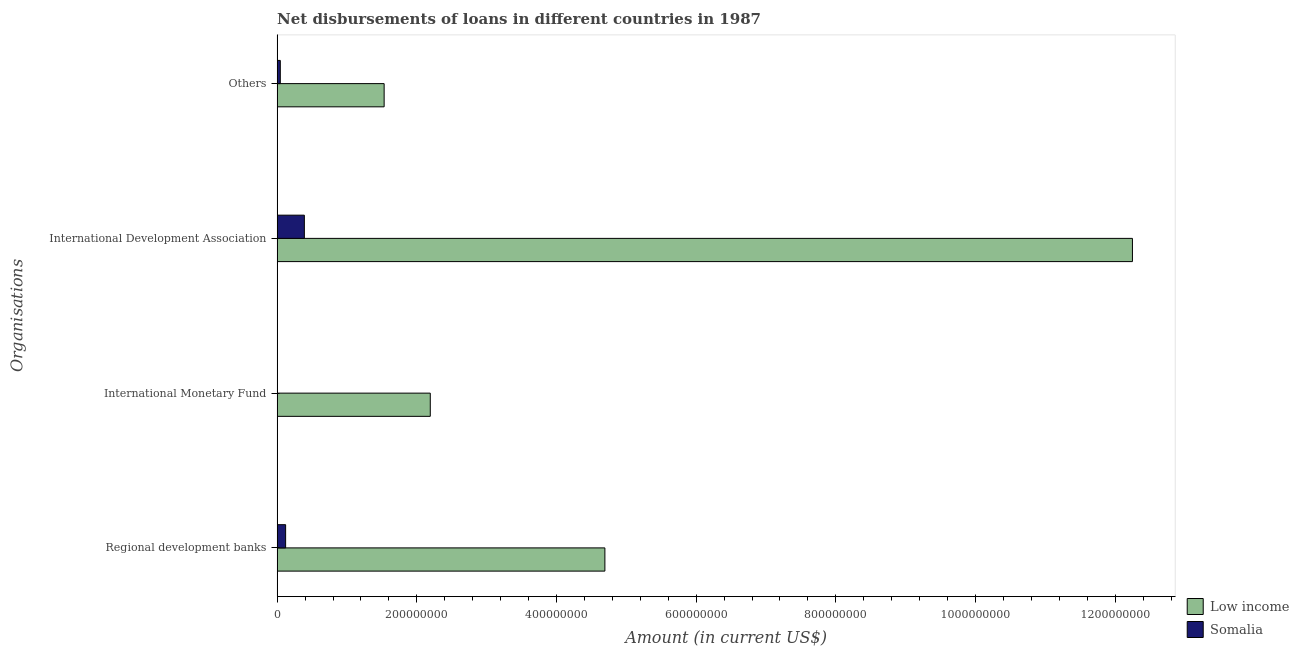
| Organisations | Low income | Somalia |
 | --- | --- | --- |
 | Regional development banks | 4.69e+08 | 1.22e+07 |
 | International Monetary Fund | 2.19e+08 | -2.66e+06 |
 | International Development Association | 1.22e+09 | 3.9e+07 |
 | Others | 1.53e+08 | 4.55e+06 |